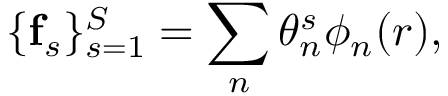
\{ \mathbf { f } _ { s } \} _ { s = 1 } ^ { S } = \sum _ { n } \theta _ { n } ^ { s } \phi _ { n } ( \boldsymbol { r } ) ,